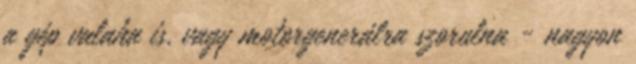
a gép valaha is, vagy motorgenerálra szorulna - nagyon